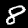
Label: 8